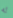
له